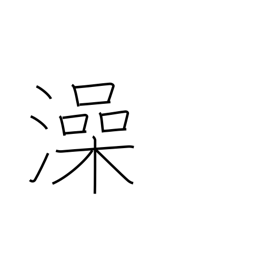
Meaning: wash